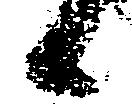
日